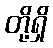
တို့ရှိ